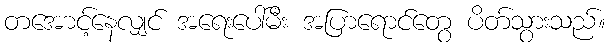
တအောင့်နေလျှင် အရေးပေါ်မီး အပြာရောင်တွေ ပိတ်သွားသည်။